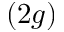
( 2 g )